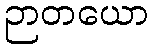
ဉာတယော